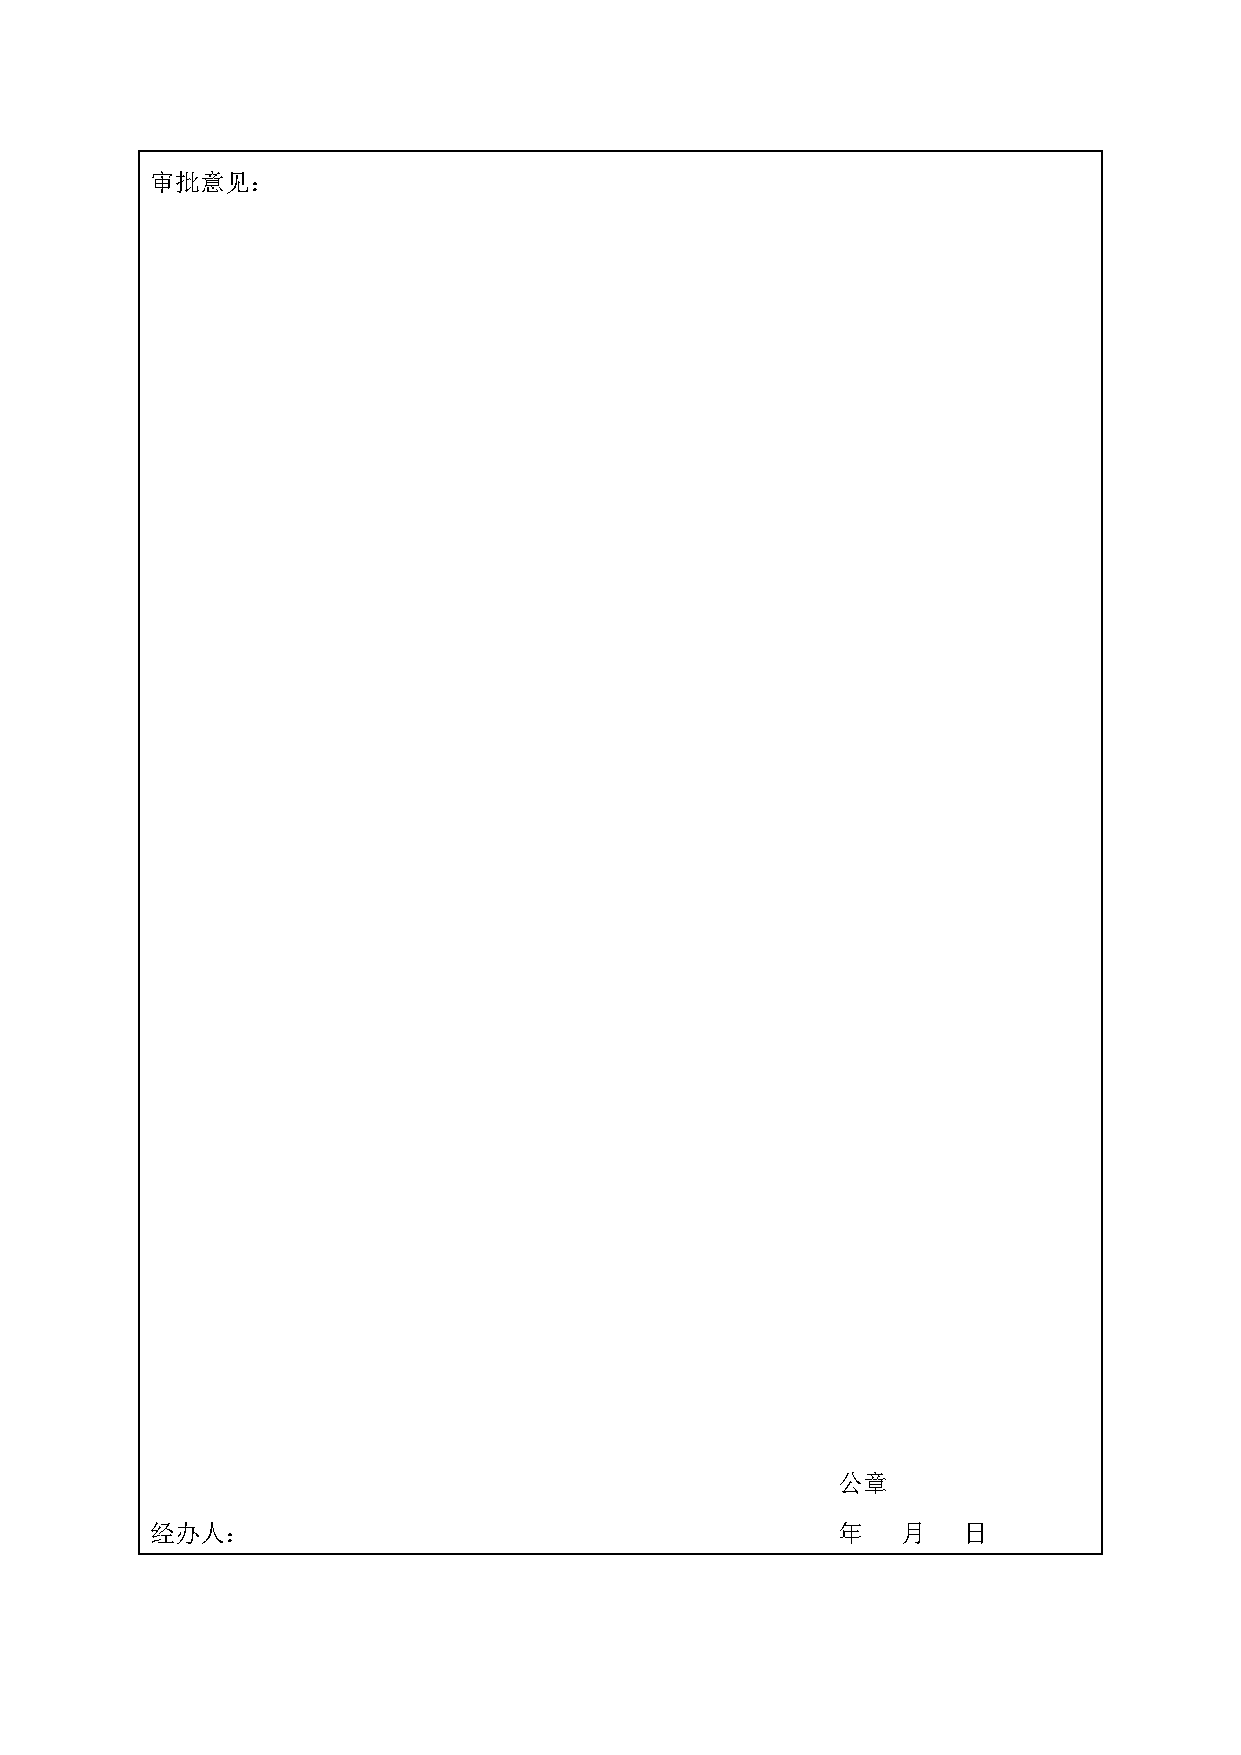
审批意见：
 公章
 经办人：                                         年    月   日